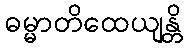
ဓမ္မာတိထေယျန္တိ